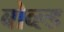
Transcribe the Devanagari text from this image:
बोव्ल्ड